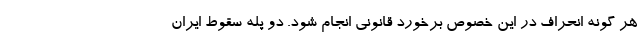
هر گونه انحراف در این خصوص برخورد قانونی انجام شود. دو پله سقوط ایران